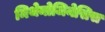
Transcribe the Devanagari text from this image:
मिथेनोजिनेसिस